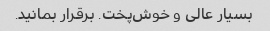
بسیار عالی و خوش‌پخت. برقرار بمانید.